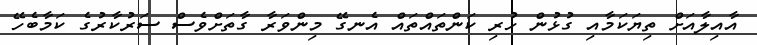
އާއިލާއަށް ތިޔަކަމާއި ގުޅުން ހުރި ކަންތައްތައް އެނގޭ މިންވަރާ ގާތަށްވެސް ސަރުކާރުގެ ކަމާބެހޭ